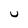
Character: U